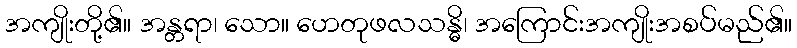
အကျိုးတို့၏။ အန္တရာ၊ သော။ ဟေတုဖလသန္ဓိ၊ အကြောင်းအကျိုးအစပ်မည်၏။